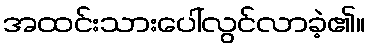
အထင်းသားပေါ်လွင်လာခဲ့၏။